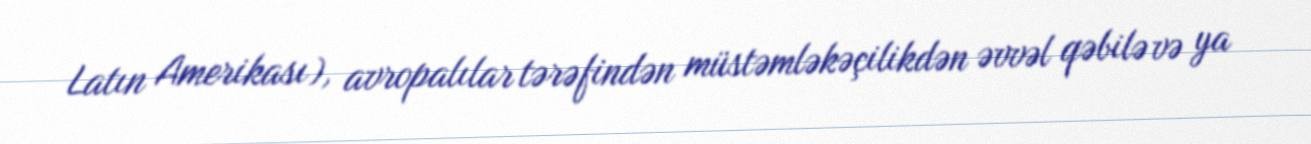
Latın Amerikası), avropalılar tərəfindən müstəmləkəçilikdən əvvəl qəbilə və ya